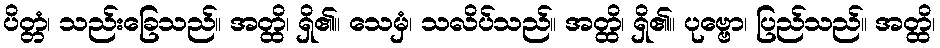
ပိတ္တံ၊ သည်းခြေသည်။ အတ္ထိ၊ ရှိ၏။ သေမှံ၊ သလိပ်သည်။ အတ္ထိ၊ ရှိ၏။ ပုဗ္ဗော၊ ပြည်သည်။ အတ္ထိ၊